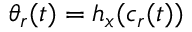
\theta _ { r } ( t ) = h _ { x } ( c _ { r } ( t ) )